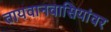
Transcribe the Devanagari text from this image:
तायवानवासियांवर